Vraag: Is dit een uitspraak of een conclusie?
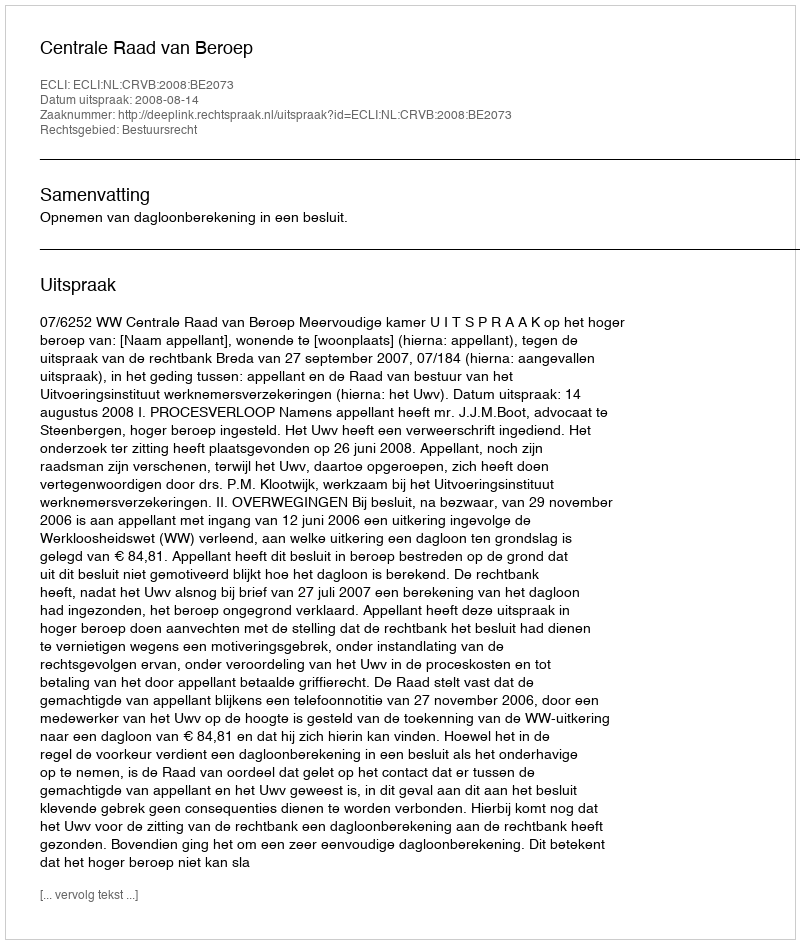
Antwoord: Uitspraak